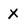
Character: X